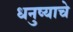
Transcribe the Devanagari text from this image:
धनुष्याचे